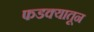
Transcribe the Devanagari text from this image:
फडक्यातून